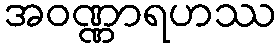
အဝဏ္ဏာရဟဿ